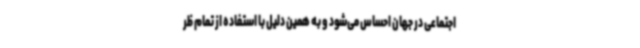
اجتماعی در جهان احساس می‌شود و به همین دلیل با استفاده از تمام ظر